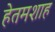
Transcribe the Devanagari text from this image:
हेतमशाह